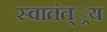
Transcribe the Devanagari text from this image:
स्वातंत््रय